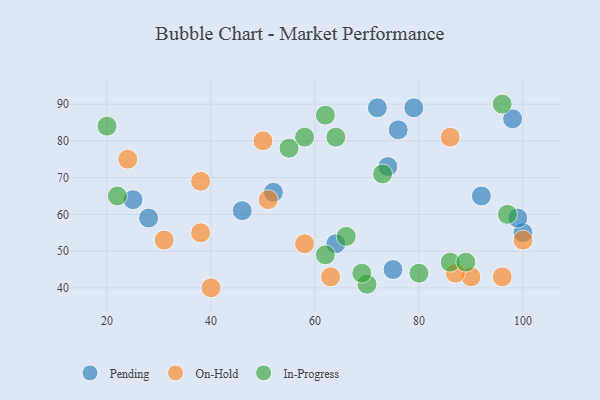
{"axis": {"x": "GDP", "y": "Life Expectancy"}, "legend": ["In-Progress", "On-Hold", "Pending"], "data": [{"x": "74", "y": 73, "type": "Pending"}, {"x": "75", "y": 45, "type": "Pending"}, {"x": "79", "y": 89, "type": "Pending"}, {"x": "64", "y": 52, "type": "Pending"}, {"x": "92", "y": 65, "type": "Pending"}, {"x": "52", "y": 66, "type": "Pending"}, {"x": "46", "y": 61, "type": "Pending"}, {"x": "100", "y": 55, "type": "Pending"}, {"x": "99", "y": 59, "type": "Pending"}, {"x": "98", "y": 86, "type": "Pending"}, {"x": "72", "y": 89, "type": "Pending"}, {"x": "76", "y": 83, "type": "Pending"}, {"x": "25", "y": 64, "type": "Pending"}, {"x": "28", "y": 59, "type": "Pending"}, {"x": "31", "y": 53, "type": "On-Hold"}, {"x": "90", "y": 43, "type": "On-Hold"}, {"x": "86", "y": 81, "type": "On-Hold"}, {"x": "96", "y": 43, "type": "On-Hold"}, {"x": "51", "y": 64, "type": "On-Hold"}, {"x": "63", "y": 43, "type": "On-Hold"}, {"x": "40", "y": 40, "type": "On-Hold"}, {"x": "58", "y": 52, "type": "On-Hold"}, {"x": "100", "y": 53, "type": "On-Hold"}, {"x": "38", "y": 69, "type": "On-Hold"}, {"x": "87", "y": 44, "type": "On-Hold"}, {"x": "38", "y": 55, "type": "On-Hold"}, {"x": "50", "y": 80, "type": "On-Hold"}, {"x": "24", "y": 75, "type": "On-Hold"}, {"x": "58", "y": 81, "type": "In-Progress"}, {"x": "64", "y": 81, "type": "In-Progress"}, {"x": "62", "y": 49, "type": "In-Progress"}, {"x": "62", "y": 87, "type": "In-Progress"}, {"x": "70", "y": 41, "type": "In-Progress"}, {"x": "20", "y": 84, "type": "In-Progress"}, {"x": "69", "y": 44, "type": "In-Progress"}, {"x": "97", "y": 60, "type": "In-Progress"}, {"x": "55", "y": 78, "type": "In-Progress"}, {"x": "80", "y": 44, "type": "In-Progress"}, {"x": "96", "y": 90, "type": "In-Progress"}, {"x": "66", "y": 54, "type": "In-Progress"}, {"x": "86", "y": 47, "type": "In-Progress"}, {"x": "73", "y": 71, "type": "In-Progress"}, {"x": "22", "y": 65, "type": "In-Progress"}, {"x": "89", "y": 47, "type": "In-Progress"}]}